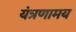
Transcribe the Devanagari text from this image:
यंत्रणामय